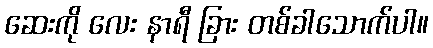
ဆေးကို လေး နာရီ ခြား တစ်ခါသောက်ပါ။